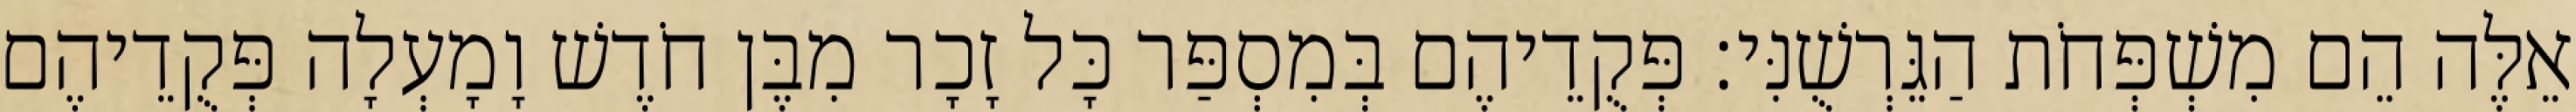
אֵלֶּה הֵם מִשְׁפְּחֹת הַגֵּרְשֻׁנִּי׃ פְּקֻדֵיהֶם בְּמִסְפַּר כָּל זָכָר מִבֶּן חֹדֶשׁ וָמָעְלָה פְּקֻדֵיהֶם